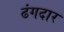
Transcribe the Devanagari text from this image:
ढंगदार